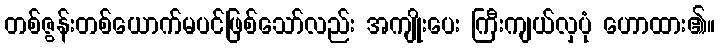
တစ်ဇွန်းတစ်ယောက်မပင်ဖြစ်သော်လည်း အကျိုးပေး ကြီးကျယ်လှပုံ ဟောထား၏။